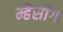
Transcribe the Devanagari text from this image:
म्हैसांग